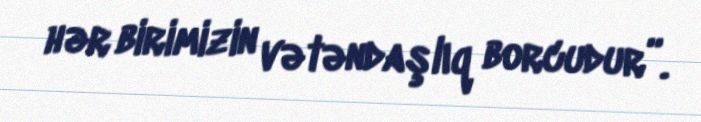
hər birimizin vətəndaşlıq borcudur”.